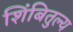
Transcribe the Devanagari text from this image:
शिंबितुल्य